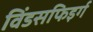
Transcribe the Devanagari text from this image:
विंडसफिइर्ग